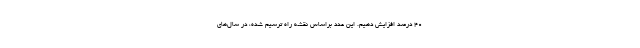
۴۰ درصد افزایش دهیم. این عدد براساس نقشه راه ترسیم شده، در سال‌های